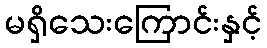
မရှိသေးကြောင်းနှင့်